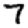
Digit: 7